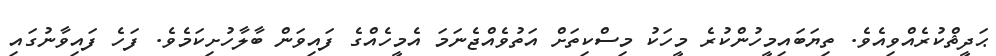
ޙަދީޘްކުރެއްވިއެވެ. ތިޔަބައިމީހުންކުރެ މީހަކު މިސްކިތަށް އަތުވެއްޖެނަމަ އެމީހެއްގެ ފައިވަން ބާލާހުށިކަމެވެ. ފަހެ ފައިވާނުގައި